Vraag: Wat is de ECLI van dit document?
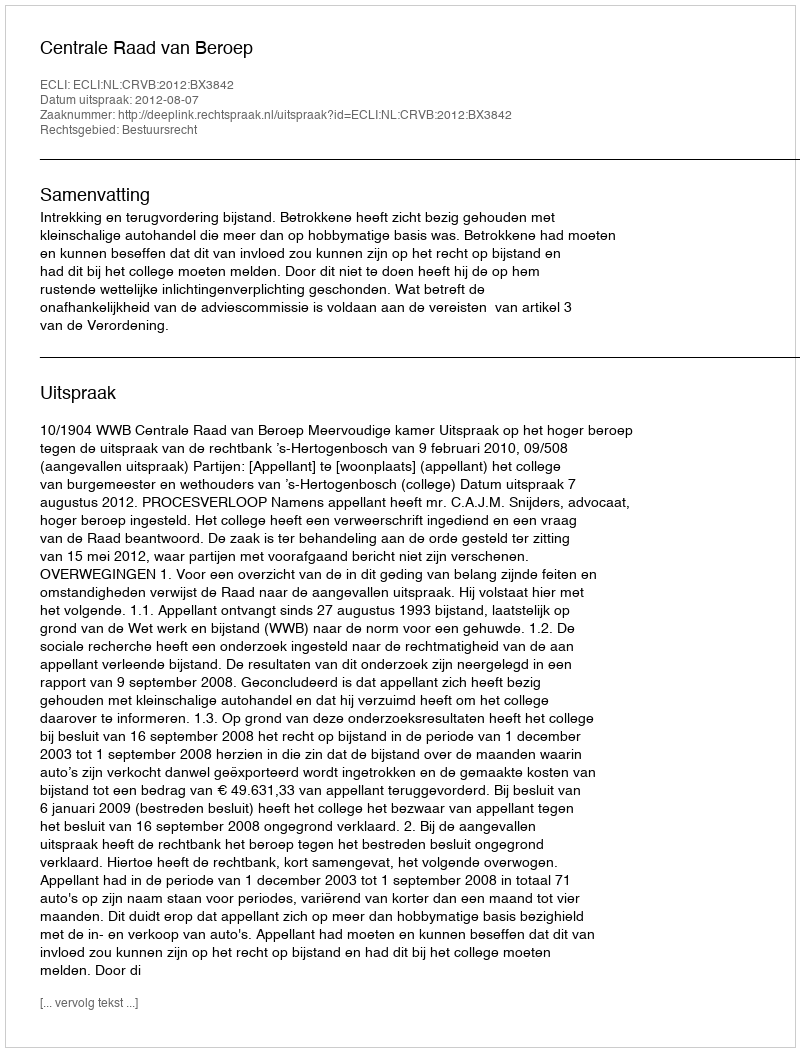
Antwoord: ECLI:NL:CRVB:2012:BX3842